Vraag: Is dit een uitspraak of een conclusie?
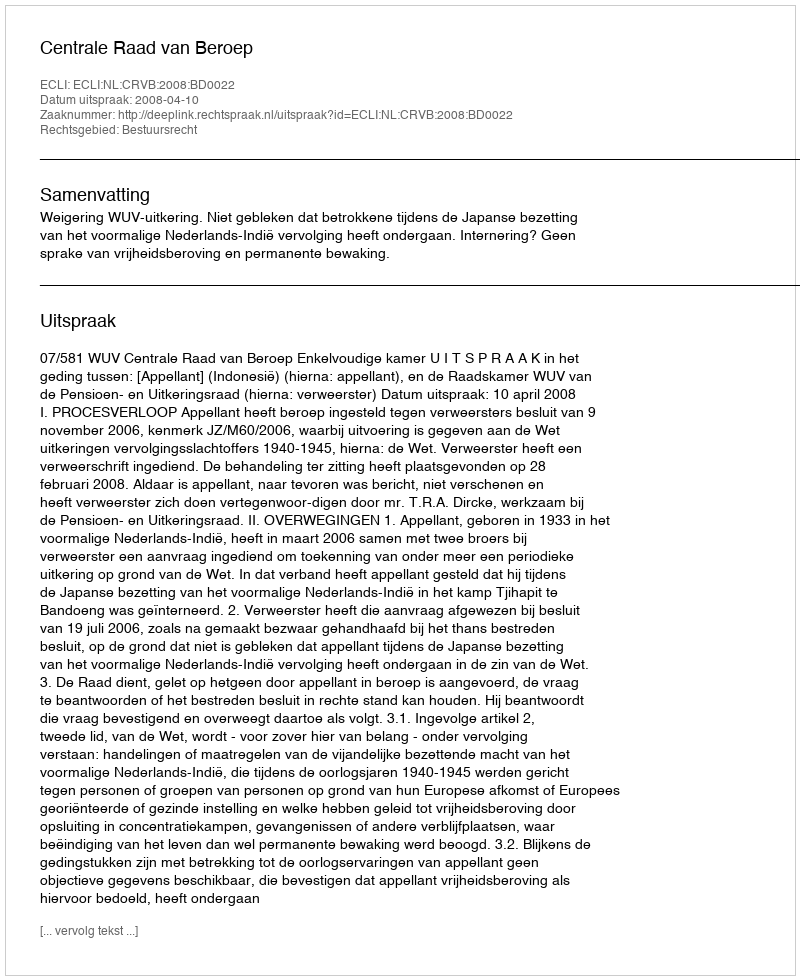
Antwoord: Uitspraak